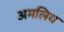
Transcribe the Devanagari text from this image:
अमलिय